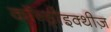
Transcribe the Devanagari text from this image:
कॉन्ड्रीइक्थीज़